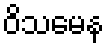
ဝိသမေန